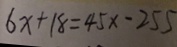
6 x + 1 8 = 4 5 x - 2 5 5